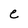
Character: e